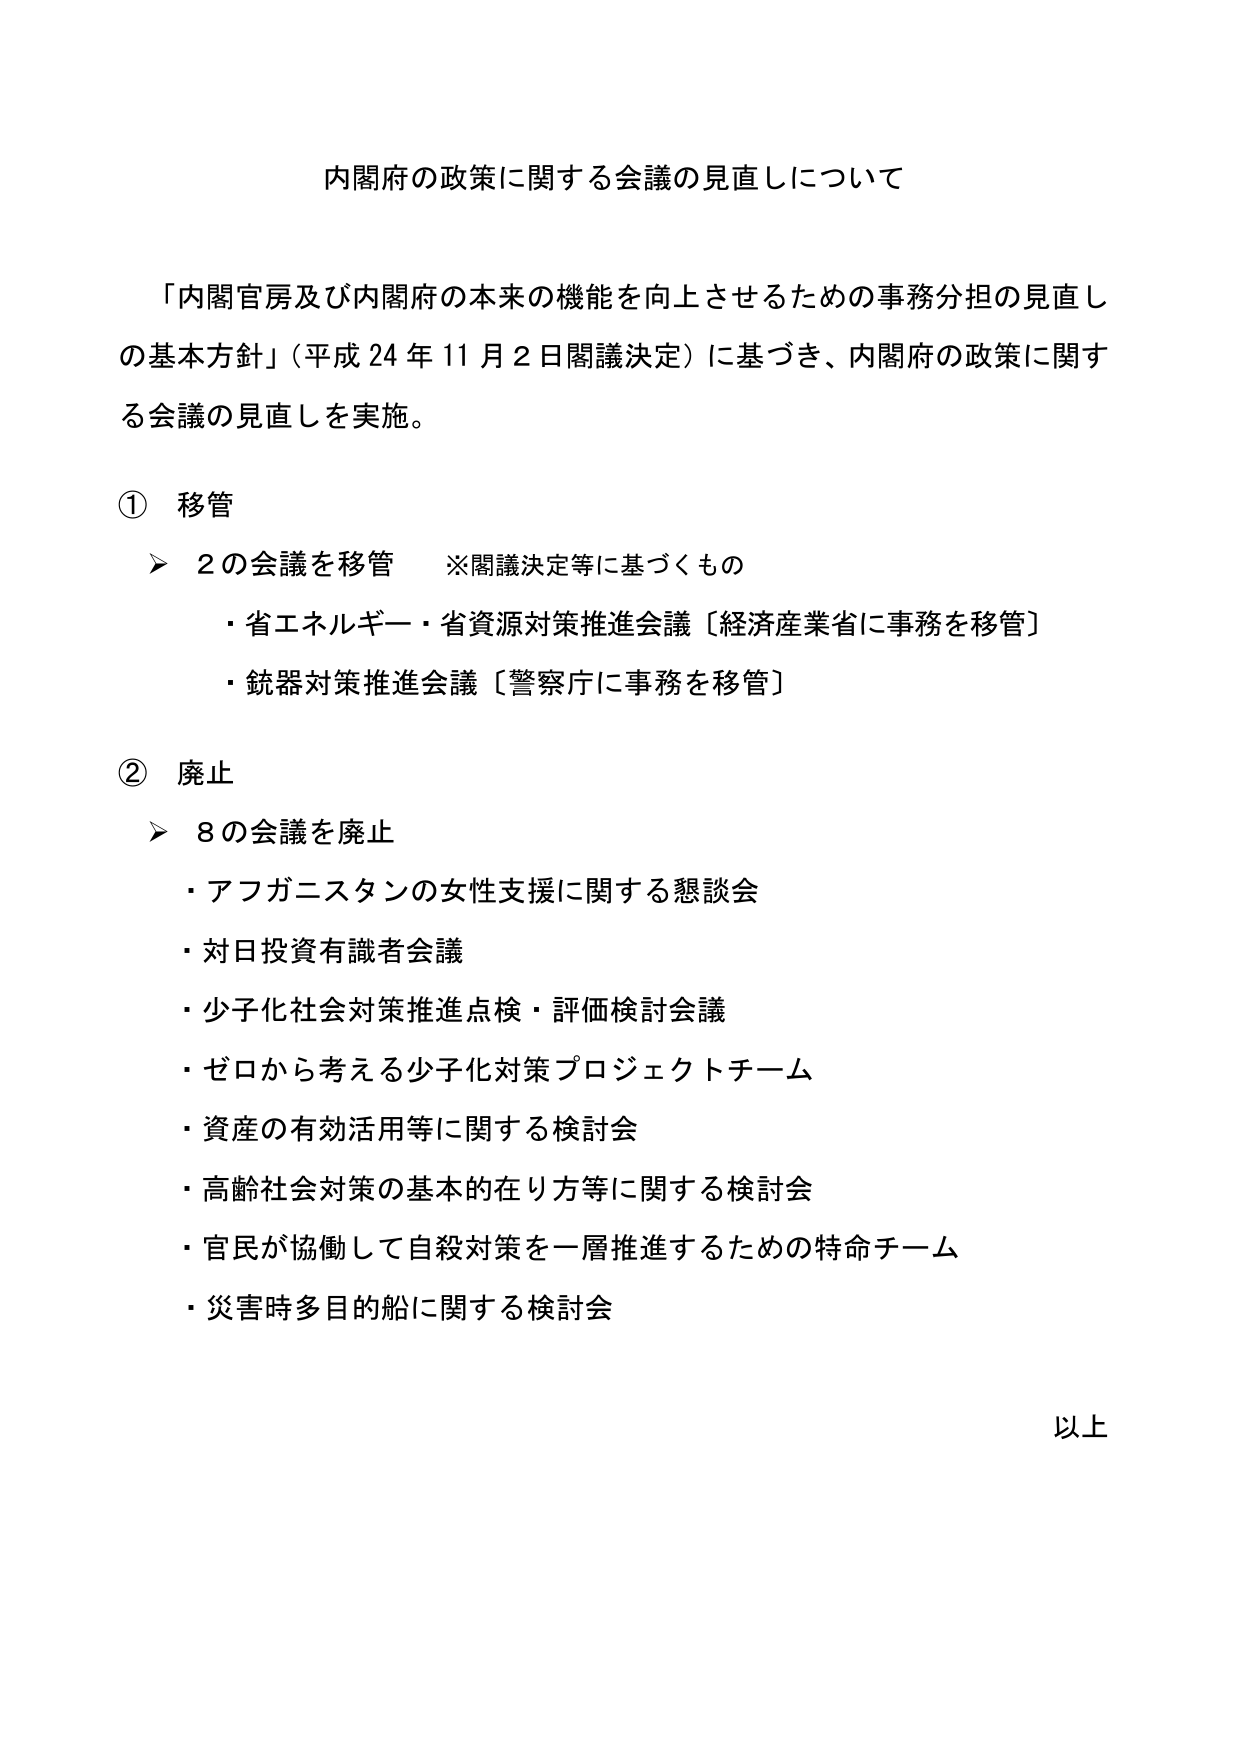
内閣府の政策に関する会議の見直しについて

「内閣官房及び内閣府の本来の機能を向上させるための事務分担の見直しの基本方針」（平成24年11月2日閣議決定）に基づき、内閣府の政策に関する会議の見直しを実施。

① 移管
　➤ 2の会議を移管　※閣議決定等に基づくもの
　・省エネルギー・省資源対策推進会議〔経済産業省に事務を移管〕
　・銃器対策推進会議〔警察庁に事務を移管〕

② 廃止
　➤ 8の会議を廃止
　・アフガニスタンの女性支援に関する懇談会
　・対日投資有識者会議
　・少子化社会対策推進点検・評価検討会議
　・ゼロから考える少子化対策プロジェクトチーム
　・資産の有効活用等に関する検討会
　・高齢社会対策の基本的在り方等に関する検討会
　・官民が協働して自殺対策を一層推進するための特命チーム
　・災害時多目的船に関する検討会

以上